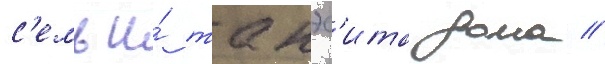
с'емьи́ такэс'ита дома //